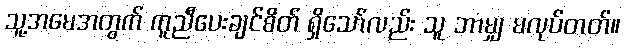
သူ့အမေအတွက် ကူညီပေးချင်စိတ် ရှိသော်လည်း သူ ဘာမျှ မလုပ်တတ်။